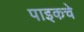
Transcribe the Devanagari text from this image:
पाइकचे